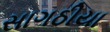
સાગઠીયા